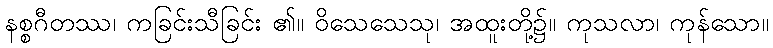
နစ္စဂီတဿ၊ ကခြင်းသီခြင်း ၏။ ဝိသေသေသု၊ အထူးတို့၌။ ကုသလာ၊ ကုန်သော။